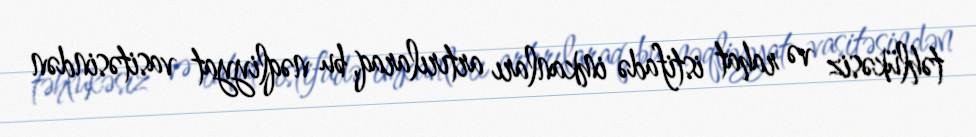
təhlükəsiz və rahat istifadə imkanları artırılaraq, bu nəqliyyat vasitəsindən